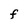
Character: F